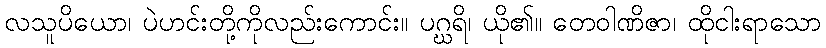
လသူပိယော၊ ပဲဟင်းတို့ကိုလည်းကောင်း။ ပဂ္ဃရိ၊ ယို၏။ တေဝါဏိဇာ၊ ထိုငါးရာသော